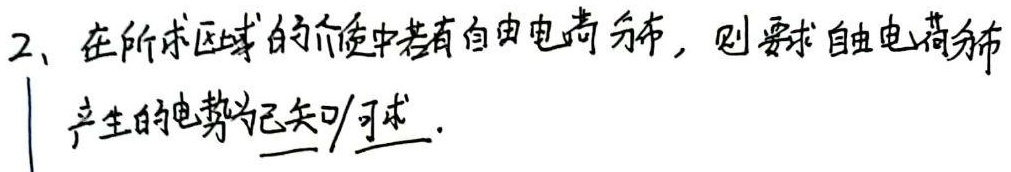
2、在所求区域的介质中若有自由电荷分布，则要求自由电荷分布产生的电势为  已知/可求  。